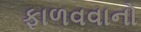
ફાળવવાનો